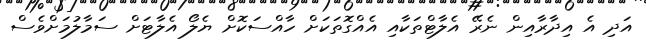
އަދި އެ އިދާރާއިން ނެރޭ އެލާޓްތަކާއި އެެއްގޮތަކަށް ހާއްސަކޮށް ޔެލޯ އެލާޓަށް ސަމާލުމަށްވެސް